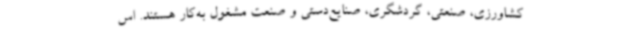
کشاورزی، صنعتی، گردشگری، صنایع‌دستی و صنعت مشغول به‌کار هستند. اس